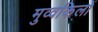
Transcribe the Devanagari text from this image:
मुव्वकिलों